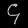
Digit: ၄